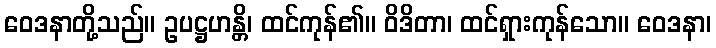
ဝေဒနာတို့သည်။ ဥပဋ္ဌဟန္တိ၊ ထင်ကုန်၏။ ဝိဒိတာ၊ ထင်ရှားကုန်သော။ ဝေဒနာ၊